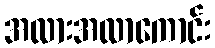
အလားအလာကောင်း